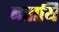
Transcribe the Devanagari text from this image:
बतायि